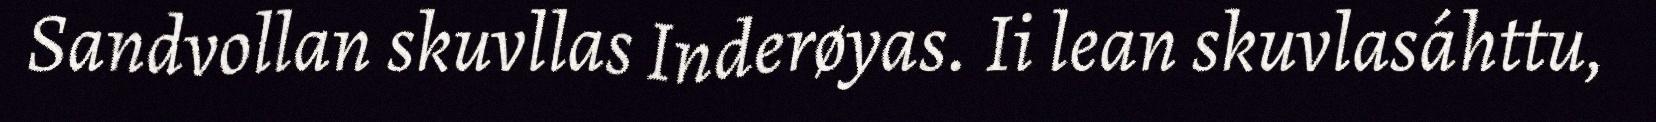
Sandvollan skuvllas Inderøyas. Ii lean skuvlasáhttu,